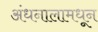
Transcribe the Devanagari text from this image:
अंधनालामधून